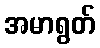
အမာရွတ်